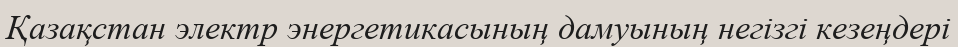
Қазақстан электр энергетикасының дамуының негiзгi кезеңдері